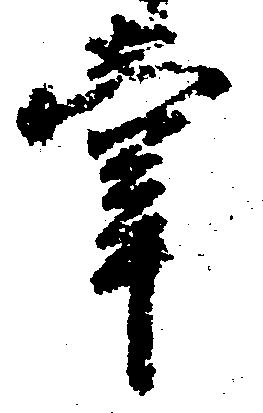
掌